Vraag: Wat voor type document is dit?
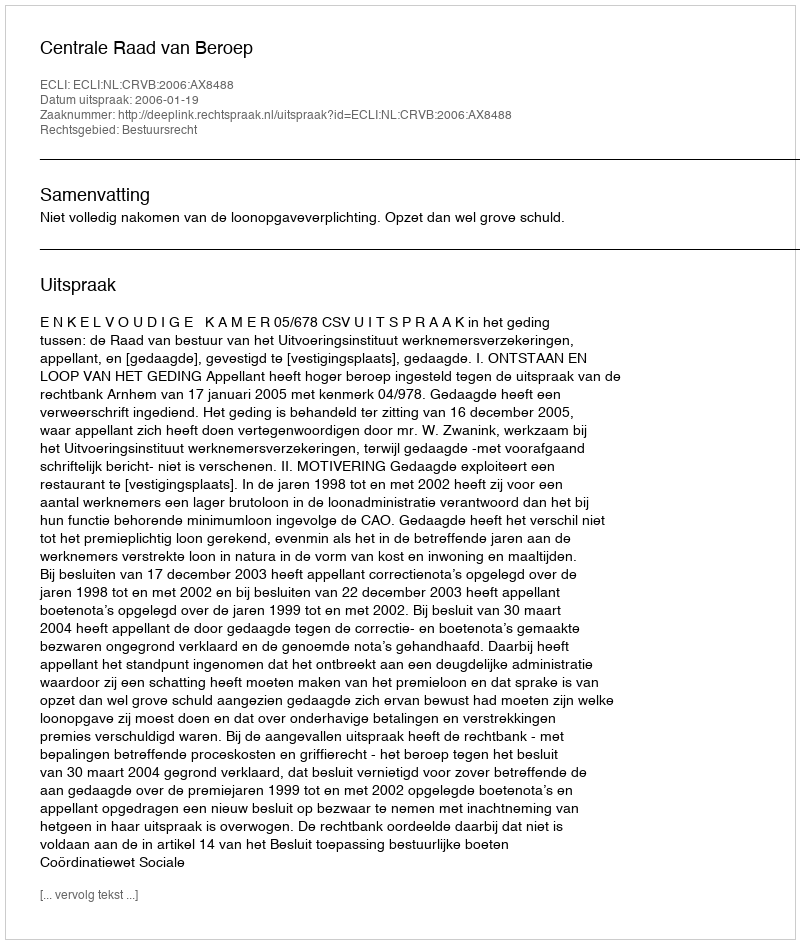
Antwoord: Uitspraak